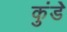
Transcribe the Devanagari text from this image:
कुंडेे